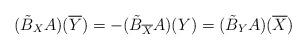
LaTeX: \begin{align*}(\tilde{B}_X{A})(\overline{Y})=-(\tilde{B}_{\overline{X}}{A})(Y)=(\tilde{B}_{Y}{A})(\overline{X})\end{align*}